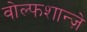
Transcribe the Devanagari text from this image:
वोल्फशान्ज़े